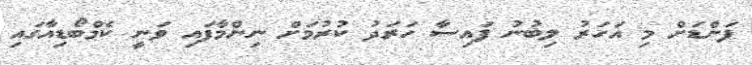
ފަންޑަށް މި އަހަރު ލިބުނު ފައިސާ ހަރަދު ކުރުމަށް ނިންމާފައި ވަނީ ކެމްބޯޑިއާގައި